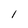
Character: 1